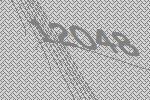
12048